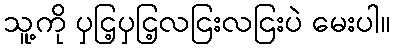
သူ့ကို ပှငြ့ပှငြ့လငြးလငြးပဲ မေးပါ။